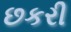
છકરી